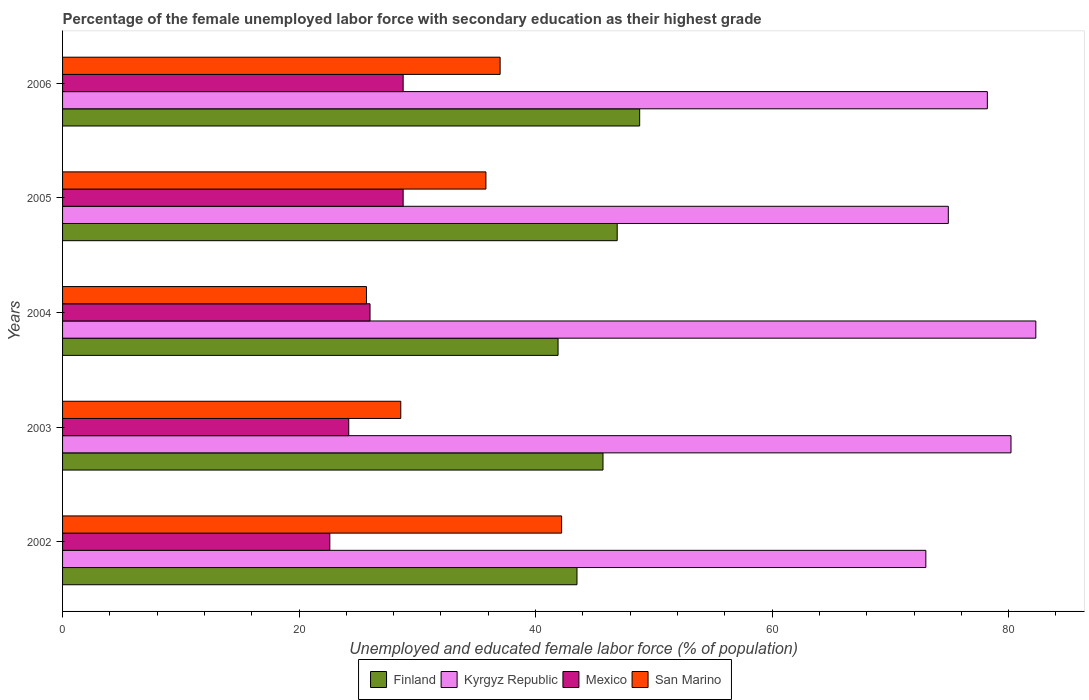
| Years | Finland | Kyrgyz Republic | Mexico | San Marino |
 | --- | --- | --- | --- | --- |
 | 2002 | 43.5 | 73 | 22.6 | 42.2 |
 | 2003 | 45.7 | 80.2 | 24.2 | 28.6 |
 | 2004 | 41.9 | 82.3 | 26 | 25.7 |
 | 2005 | 46.9 | 74.9 | 28.8 | 35.8 |
 | 2006 | 48.8 | 78.2 | 28.8 | 37 |